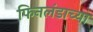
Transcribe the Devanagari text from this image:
फिनलंडाच्या